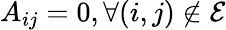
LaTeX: A_{ij}=0,\forall(i,j)\notin\mathcal{E}